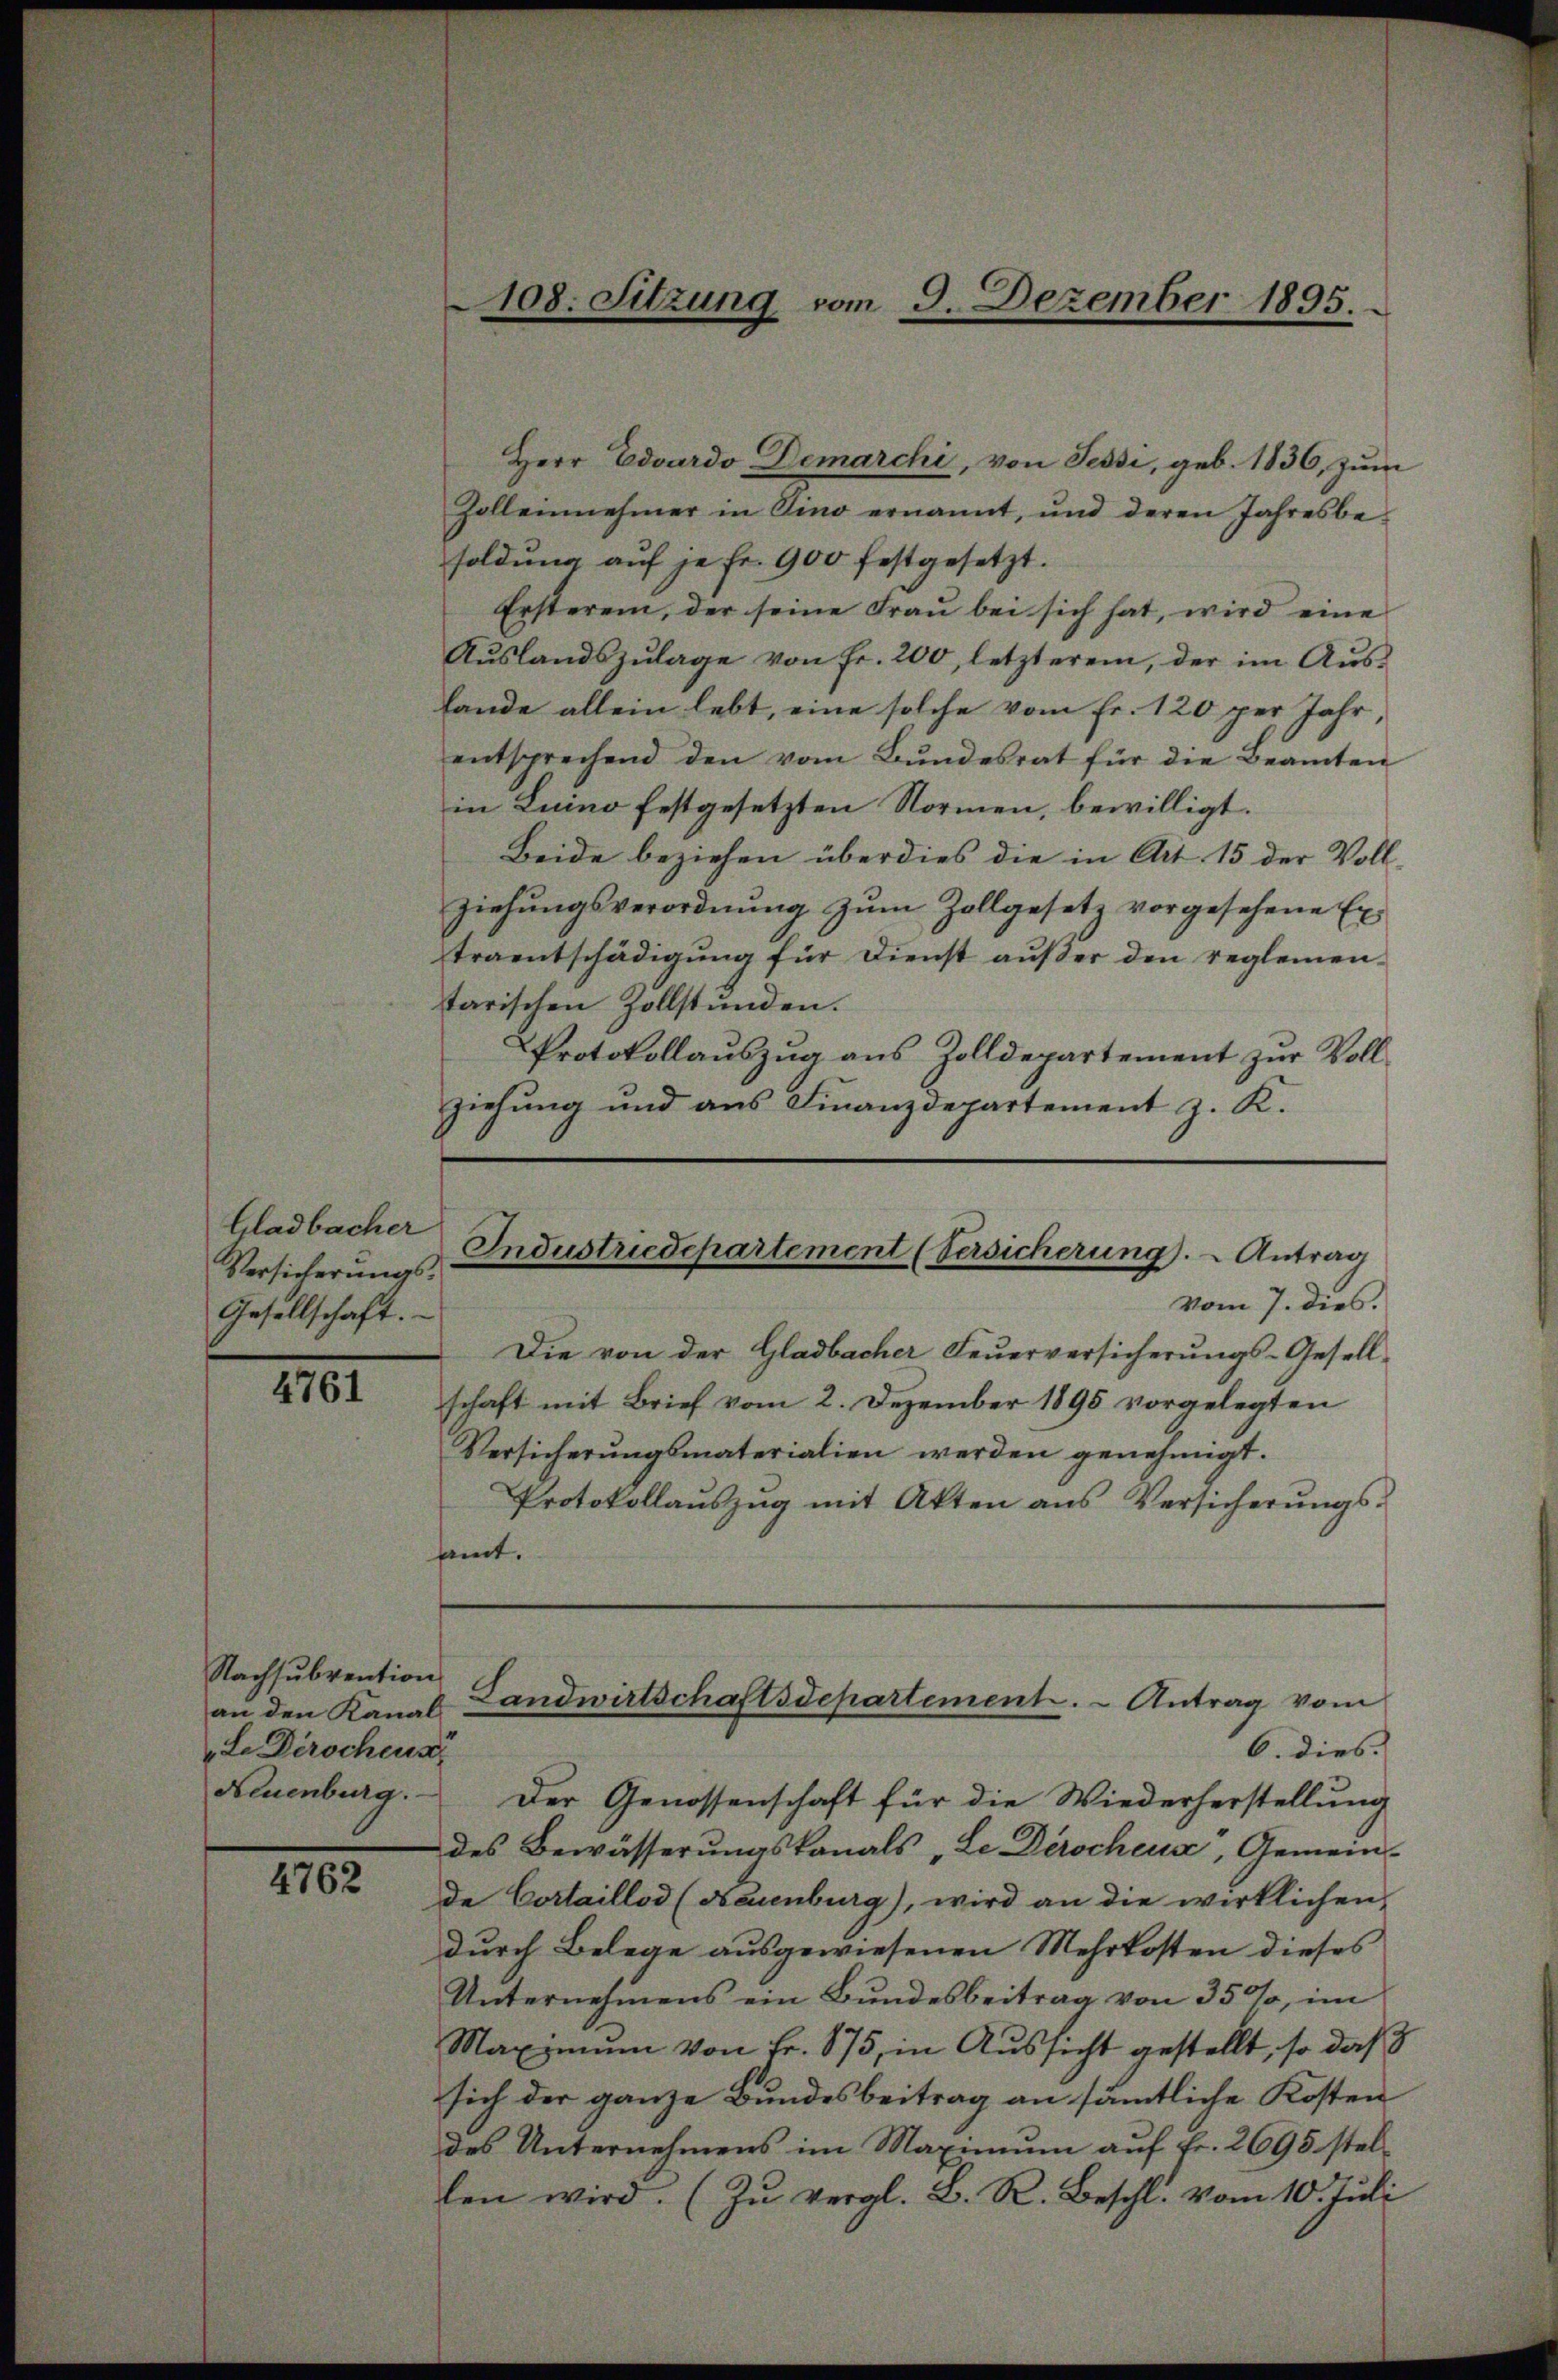
Gladbacher
Versicherungs¬
Gesellschaft.

1101

Nachsubvention
an den Kanal
Le Dirochens
Neuenburg.

4762

108. Sitzung vom 3. Dezember 1895.

Herr Eduardo Demarchi, von Tessi, geb. 1836, zum
Zollennehmer in Pino ernannt, und deren Jahresbe-
soldung auf je fr. 900 festgesetzt.
Ersterein, der seine Fraŭ bei sich hat, wird eine
Aŭslandszŭlage von fr. 200, letzterem, der im Aŭs-
fande allein lebt, eine solche vom Fr. 120 per Jahr
entsprechend den vom Bŭndesrat für die Beamten
in Luino festgesetzten Normen, bewilligt.
Beide beziehen überdies die in Art. 15 der Voll-
ziehŭngsverordnŭng zŭm Zollgesetz vorgesehene Ex
traentschädigung für Dienst außer den reglementarischen Zollstünden.
Protokollauszug aus Zolldepartement zur Vollziehung und aus Finanzdepartement z. K.
vom 7. dies.
Die von der Gladbacher Feŭerversicherŭngs-Gesell-
schaft mit Brief vom 2. Dezember 1895 vorgelegten
Versicherŭngsmaterialien werden genehmigt.
Protokollaŭszŭg mit Akten aus Versicherŭngs-
amt.
Landwirtschaftsdepartement. - Antrag vom
6. dies
Der Genossenschaft für die Wiederherstellung
des Bewässerungskanals „Le Derscheus, Gemein-
de Cortaillod (Neuenburg), wird an die wirklichen
durch Belege ausgewiesenen Mehrkosten dieses
Unternehmens ein Bundesbeitrag von 35%, im
Maximŭm von Fr. 175, in Aussicht gestellt, so daß
sich der ganze Bundesbeitrag an sämmtliche Kosten
des Unternehmens im Maximum auf Fr. 2695 stellen wird. (Zŭ vergl. B. R. Beschl. vom 10. Jŭli

Industriedepartement (Versicherung. - Antrag